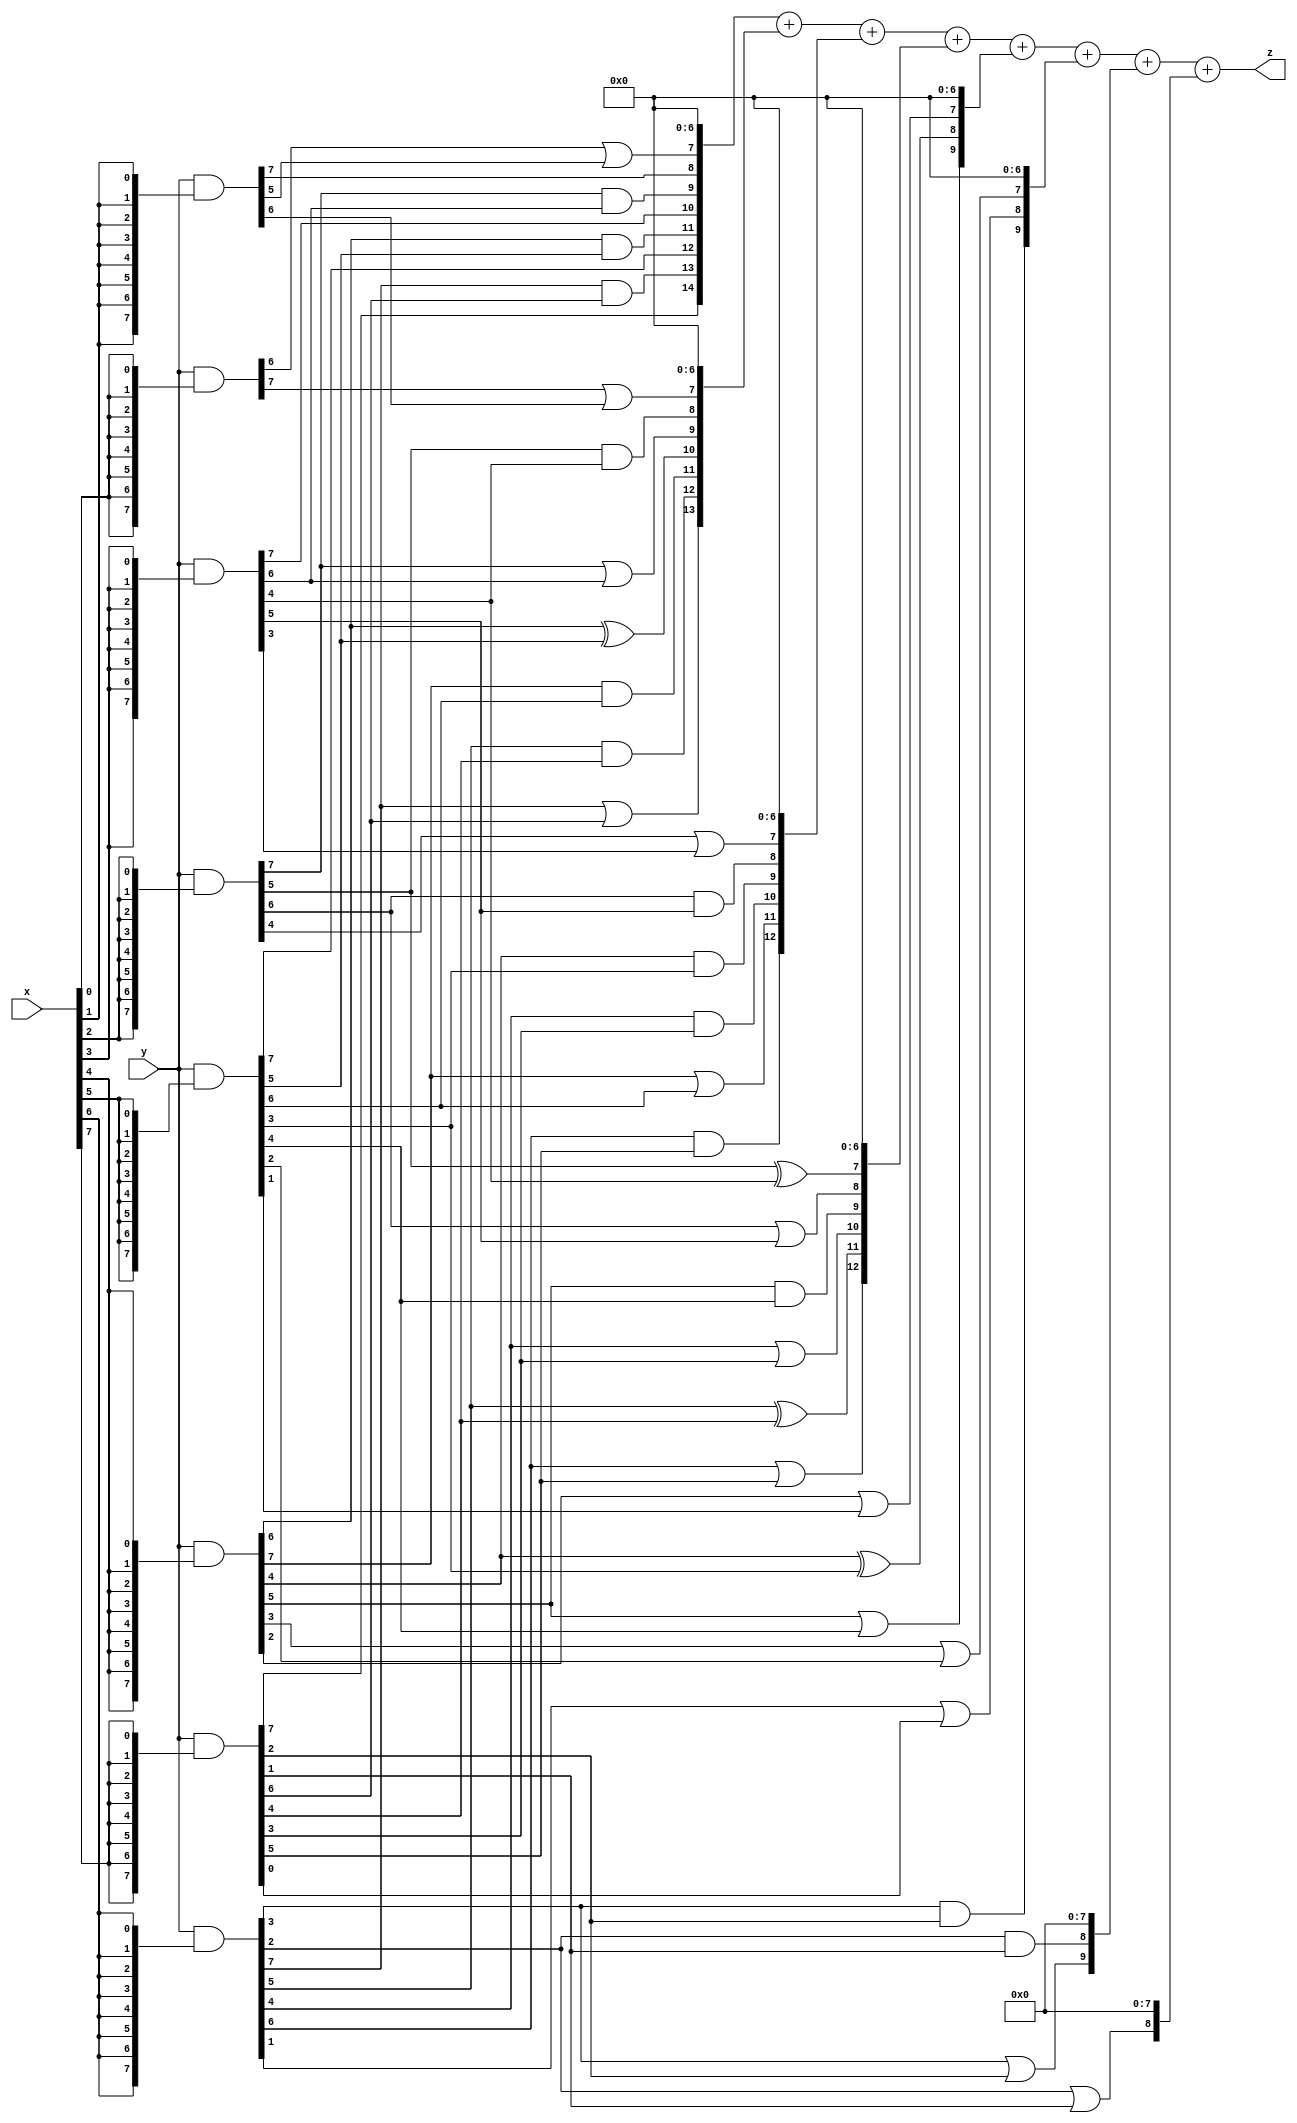
// terms: 36
// fval:  75202.25

module unsigned_8x8_l8_lamb1800_9 (
	input [7:0] x,
	input [7:0] y,
	output [15:0] z
);


wire [7:0] part1 =  y & {8{x[0]}};
wire [7:0] part2 =  y & {8{x[1]}};
wire [7:0] part3 =  y & {8{x[2]}};
wire [7:0] part4 =  y & {8{x[3]}};
wire [7:0] part5 =  y & {8{x[4]}};
wire [7:0] part6 =  y & {8{x[5]}};
wire [7:0] part7 =  y & {8{x[6]}};
wire [7:0] part8 =  y & {8{x[7]}};

wire [14:0] new_part1;
assign new_part1[0] = 0;
assign new_part1[1] = 0;
assign new_part1[2] = 0;
assign new_part1[3] = 0;
assign new_part1[4] = 0;
assign new_part1[5] = 0;
assign new_part1[6] = 0;
assign new_part1[7] = part1[6] | part2[5];
assign new_part1[8] = part2[7];
assign new_part1[9] = part3[7] & part4[6];
assign new_part1[10] = part4[7];
assign new_part1[11] = part5[6] & part6[5];
assign new_part1[12] = part6[7];
assign new_part1[13] = part7[7] & part8[6];
assign new_part1[14] = part8[7];

wire [13:0] new_part2;
assign new_part2[0] = 0;
assign new_part2[1] = 0;
assign new_part2[2] = 0;
assign new_part2[3] = 0;
assign new_part2[4] = 0;
assign new_part2[5] = 0;
assign new_part2[6] = 0;
assign new_part2[7] = part1[7] | part2[6];
assign new_part2[8] = part3[5] & part4[4];
assign new_part2[9] = part3[7] | part4[6];
assign new_part2[10] = part5[6] ^ part6[5];
assign new_part2[11] = part5[7] & part6[6];
assign new_part2[12] = part7[5] & part8[4];
assign new_part2[13] = part7[7] | part8[6];

wire [12:0] new_part3;
assign new_part3[0] = 0;
assign new_part3[1] = 0;
assign new_part3[2] = 0;
assign new_part3[3] = 0;
assign new_part3[4] = 0;
assign new_part3[5] = 0;
assign new_part3[6] = 0;
assign new_part3[7] = part3[4] | part4[3];
assign new_part3[8] = part3[6] & part4[5];
assign new_part3[9] = part5[4] & part6[3];
assign new_part3[10] = part7[4] & part8[3];
assign new_part3[11] = part5[7] | part6[6];
assign new_part3[12] = part7[6] & part8[5];

wire [12:0] new_part4;
assign new_part4[0] = 0;
assign new_part4[1] = 0;
assign new_part4[2] = 0;
assign new_part4[3] = 0;
assign new_part4[4] = 0;
assign new_part4[5] = 0;
assign new_part4[6] = 0;
assign new_part4[7] = part3[5] ^ part4[4];
assign new_part4[8] = part3[6] | part4[5];
assign new_part4[9] = part5[5] & part6[4];
assign new_part4[10] = part7[4] | part8[3];
assign new_part4[11] = part7[5] ^ part8[4];
assign new_part4[12] = part7[6] | part8[5];

wire [9:0] new_part5;
assign new_part5[0] = 0;
assign new_part5[1] = 0;
assign new_part5[2] = 0;
assign new_part5[3] = 0;
assign new_part5[4] = 0;
assign new_part5[5] = 0;
assign new_part5[6] = 0;
assign new_part5[7] = part5[2] | part6[1];
assign new_part5[8] = part5[4] ^ part6[3];
assign new_part5[9] = part5[5] | part6[4];

wire [9:0] new_part6;
assign new_part6[0] = 0;
assign new_part6[1] = 0;
assign new_part6[2] = 0;
assign new_part6[3] = 0;
assign new_part6[4] = 0;
assign new_part6[5] = 0;
assign new_part6[6] = 0;
assign new_part6[7] = part5[3] | part6[2];
assign new_part6[8] = part7[1] | part8[0];
assign new_part6[9] = part7[3] & part8[2];

wire [9:0] new_part7;
assign new_part7[0] = 0;
assign new_part7[1] = 0;
assign new_part7[2] = 0;
assign new_part7[3] = 0;
assign new_part7[4] = 0;
assign new_part7[5] = 0;
assign new_part7[6] = 0;
assign new_part7[7] = 0;
assign new_part7[8] = part7[2] & part8[1];
assign new_part7[9] = part7[3] | part8[2];

wire [8:0] new_part8;
assign new_part8[0] = 0;
assign new_part8[1] = 0;
assign new_part8[2] = 0;
assign new_part8[3] = 0;
assign new_part8[4] = 0;
assign new_part8[5] = 0;
assign new_part8[6] = 0;
assign new_part8[7] = 0;
assign new_part8[8] = part7[2] | part8[1];

assign z = new_part1 + new_part2 + new_part3 + new_part4 + new_part5 + new_part6 + new_part7 + new_part8;
endmodule